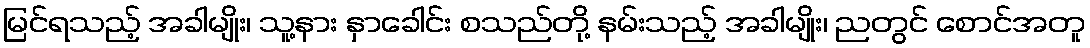
မြင်ရသည့် အခါမျိုး၊ သူ့နား နှာခေါင်း စသည်တို့ နမ်းသည့် အခါမျိုး၊ ညတွင် စောင်အတူ